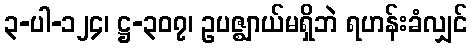
၃-ပါ-၁၂၄၊ ဋ္ဌ-၃၀၇၊ ဥပဇ္ဈာယ်မရှိဘဲ ရဟန်းခံလျှင်